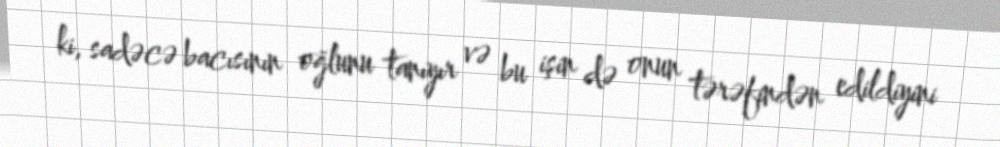
ki, sadəcə bacısının oğlunu tanıyır və bu işin də onun tərəfindən edildiyini